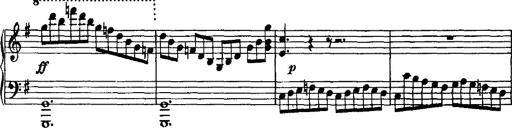
Title: Rondo di bravura
Composer: Franz Liszt